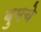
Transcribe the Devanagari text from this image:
बुमचे